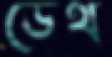
ডেথ